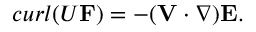
c u r l ( { \cal U } { \bf F } ) = - ( { \bf V } \cdot \nabla ) { \bf E } .